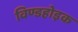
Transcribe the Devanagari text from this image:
विण्डहोइक